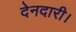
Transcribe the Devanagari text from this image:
देनदारी।